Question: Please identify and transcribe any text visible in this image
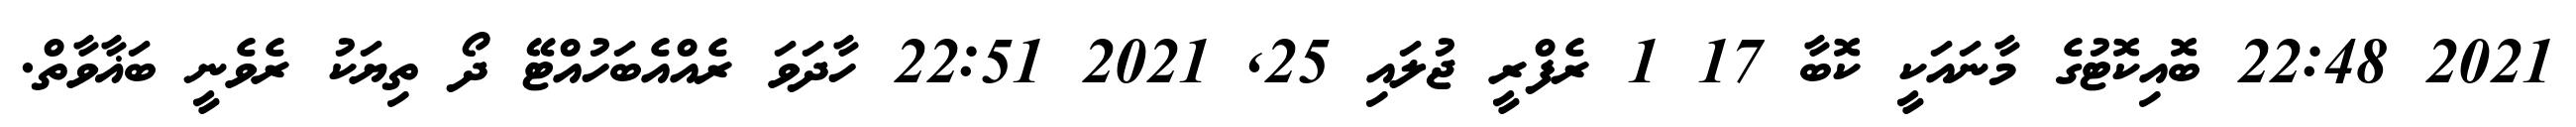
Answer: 2021 22:48 ބޮއިކޮޓުގެ މާނައަކީ ކޮބާ 17 1 ރެފްރީ ޖުލައި 25, 2021 22:51 ހާދަވަ ރެއްއެބަހުއްޓޭ ދޯ ތިޔަކު ރެވެނީ ބަޣާވާތް.